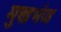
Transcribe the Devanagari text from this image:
मुखभंज